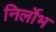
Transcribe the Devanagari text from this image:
निर्लोभ